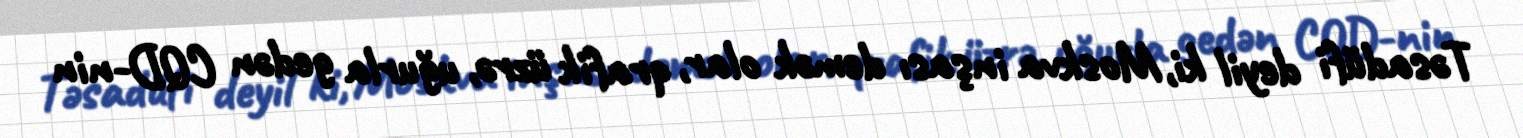
Təsadüfi deyil ki, Moskva inşası demək olar, qrafik üzrə, uğurla gedən CQD-nin